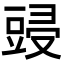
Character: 䜷